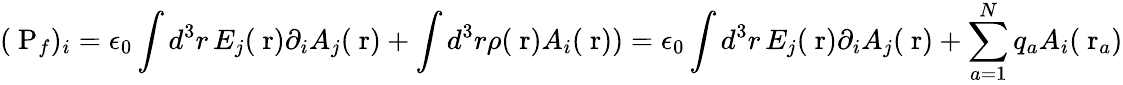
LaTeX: (\mathrm{\mathbf~P}_{f})_{i}=\epsilon_{0}\int d^{3}r\, E_{j}(\mathrm{\mathbf~r})\partial_{i}A_{j}(\mathrm{\mathbf~r})+\int d^{3}r\rho(\mathrm{\mathbf~r})A_{i}(\mathrm{\mathbf~r}))=\epsilon_{0}\int d^{3}r\, E_{j}(\mathrm{\mathbf~r})\partial_{i}A_{j}(\mathrm{\mathbf~r})+\sum_{a=1}^{N}q_{a}A_{i}(\mathrm{\mathbf~r}_{a})